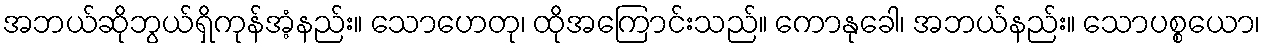
အဘယ်ဆိုဘွယ်ရှိကုန်အံ့နည်း။ သောဟေတု၊ ထိုအကြောင်းသည်။ ကောနုခေါ၊ အဘယ်နည်း။ သောပစ္စယော၊